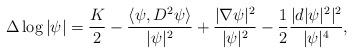
LaTeX: \begin{align*}\Delta\log|\psi|=\frac{K}{2}-\frac{\langle\psi,D^2\psi\rangle}{|\psi|^2}+\frac{|\nabla\psi|^2}{|\psi|^2}-\frac{1}{2}\frac{|d|\psi|^2|^2}{|\psi|^4},\end{align*}